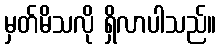
မှတ်မိသလို ရှိလာပါသည်။